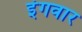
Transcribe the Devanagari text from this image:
इंगवार